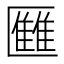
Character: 𠥥